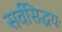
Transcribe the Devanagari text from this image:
सर्वसिद्धयः